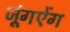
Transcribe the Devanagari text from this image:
जूंगऐंग